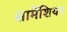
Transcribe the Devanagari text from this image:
सार्मेशियन